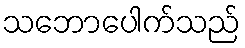
သဘောပေါက်သည်